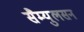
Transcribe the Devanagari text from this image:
सैम्युलसन